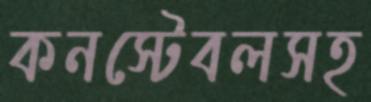
কনস্টেবলসহ